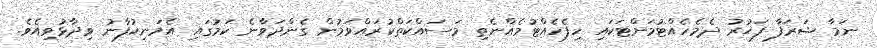
ނަމާ ޝަރަފާ ފަޚުރު ދެމެހެއްޓުމަށްޓަކައި ހިފެހެއްޓުމެއްނެތި މަސައްކަތްކުރައްވަމުން ގެންދަވާނެ ކަމުގައި އެމަނިކުފާނު ވިދާޅުވިއެވެ.